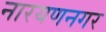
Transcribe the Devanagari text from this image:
नारयणनगर